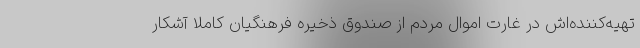
تهیه‌کننده‌اش در غارت اموال مردم از صندوق ذخیره فرهنگیان کاملا آشکار